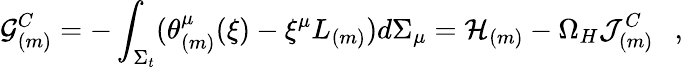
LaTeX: {\cal G}_{(m)}^{C}=-\int_{\Sigma_{t}}(\theta_{(m)}^{\mu}(\xi)-\xi^{\mu}L_{(m)})d\Sigma_{\mu}={\cal H}_{(m)}-\Omega_{H}{\cal J}_{(m)}^{C}~~~,